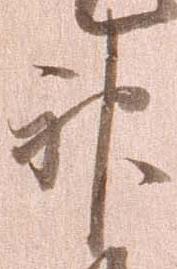
神